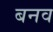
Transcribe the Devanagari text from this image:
बनव